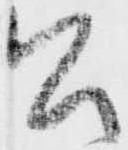
公